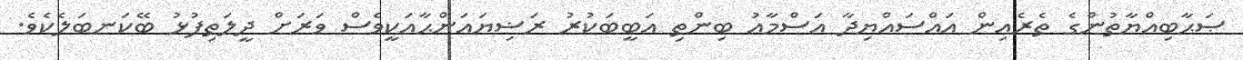
ޞަޙާބިއްޔާތުންގެ ތެރެއިން އައްސައްޔިދާ އަސްމާއު ބިންތި އަބީބަކުރު ރަޟިޔައަންޙާއަކީވެސް ވަރަށް ދީލަތިފުޅު ބޭކަނބަލެކެވެ.